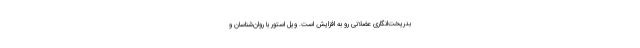
بدریخت‌انگاری عضلانی رو به افزایش است. ویل استور با روان‌شناسان و